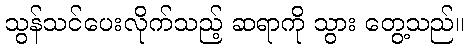
သွန်သင်ပေးလိုက်သည့် ဆရာကို သွား တွေ့သည်။